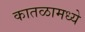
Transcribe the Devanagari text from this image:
कातळामध्ये